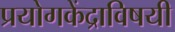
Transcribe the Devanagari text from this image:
प्रयोगकेंद्राविषयी